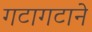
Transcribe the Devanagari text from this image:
गटागटाने